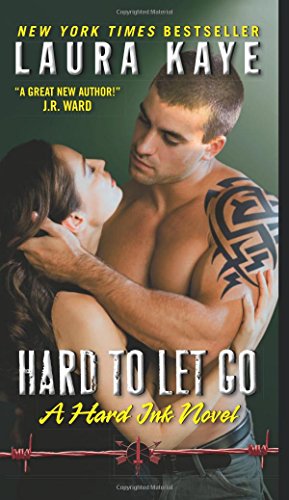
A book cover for Hard to Let Go: A Hard Ink Novel; Laura Kaye; Romance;